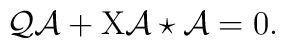
{\cal Q}\mathcal{A}+\mathrm{X}\mathcal{A}\star\mathcal{A}=0.